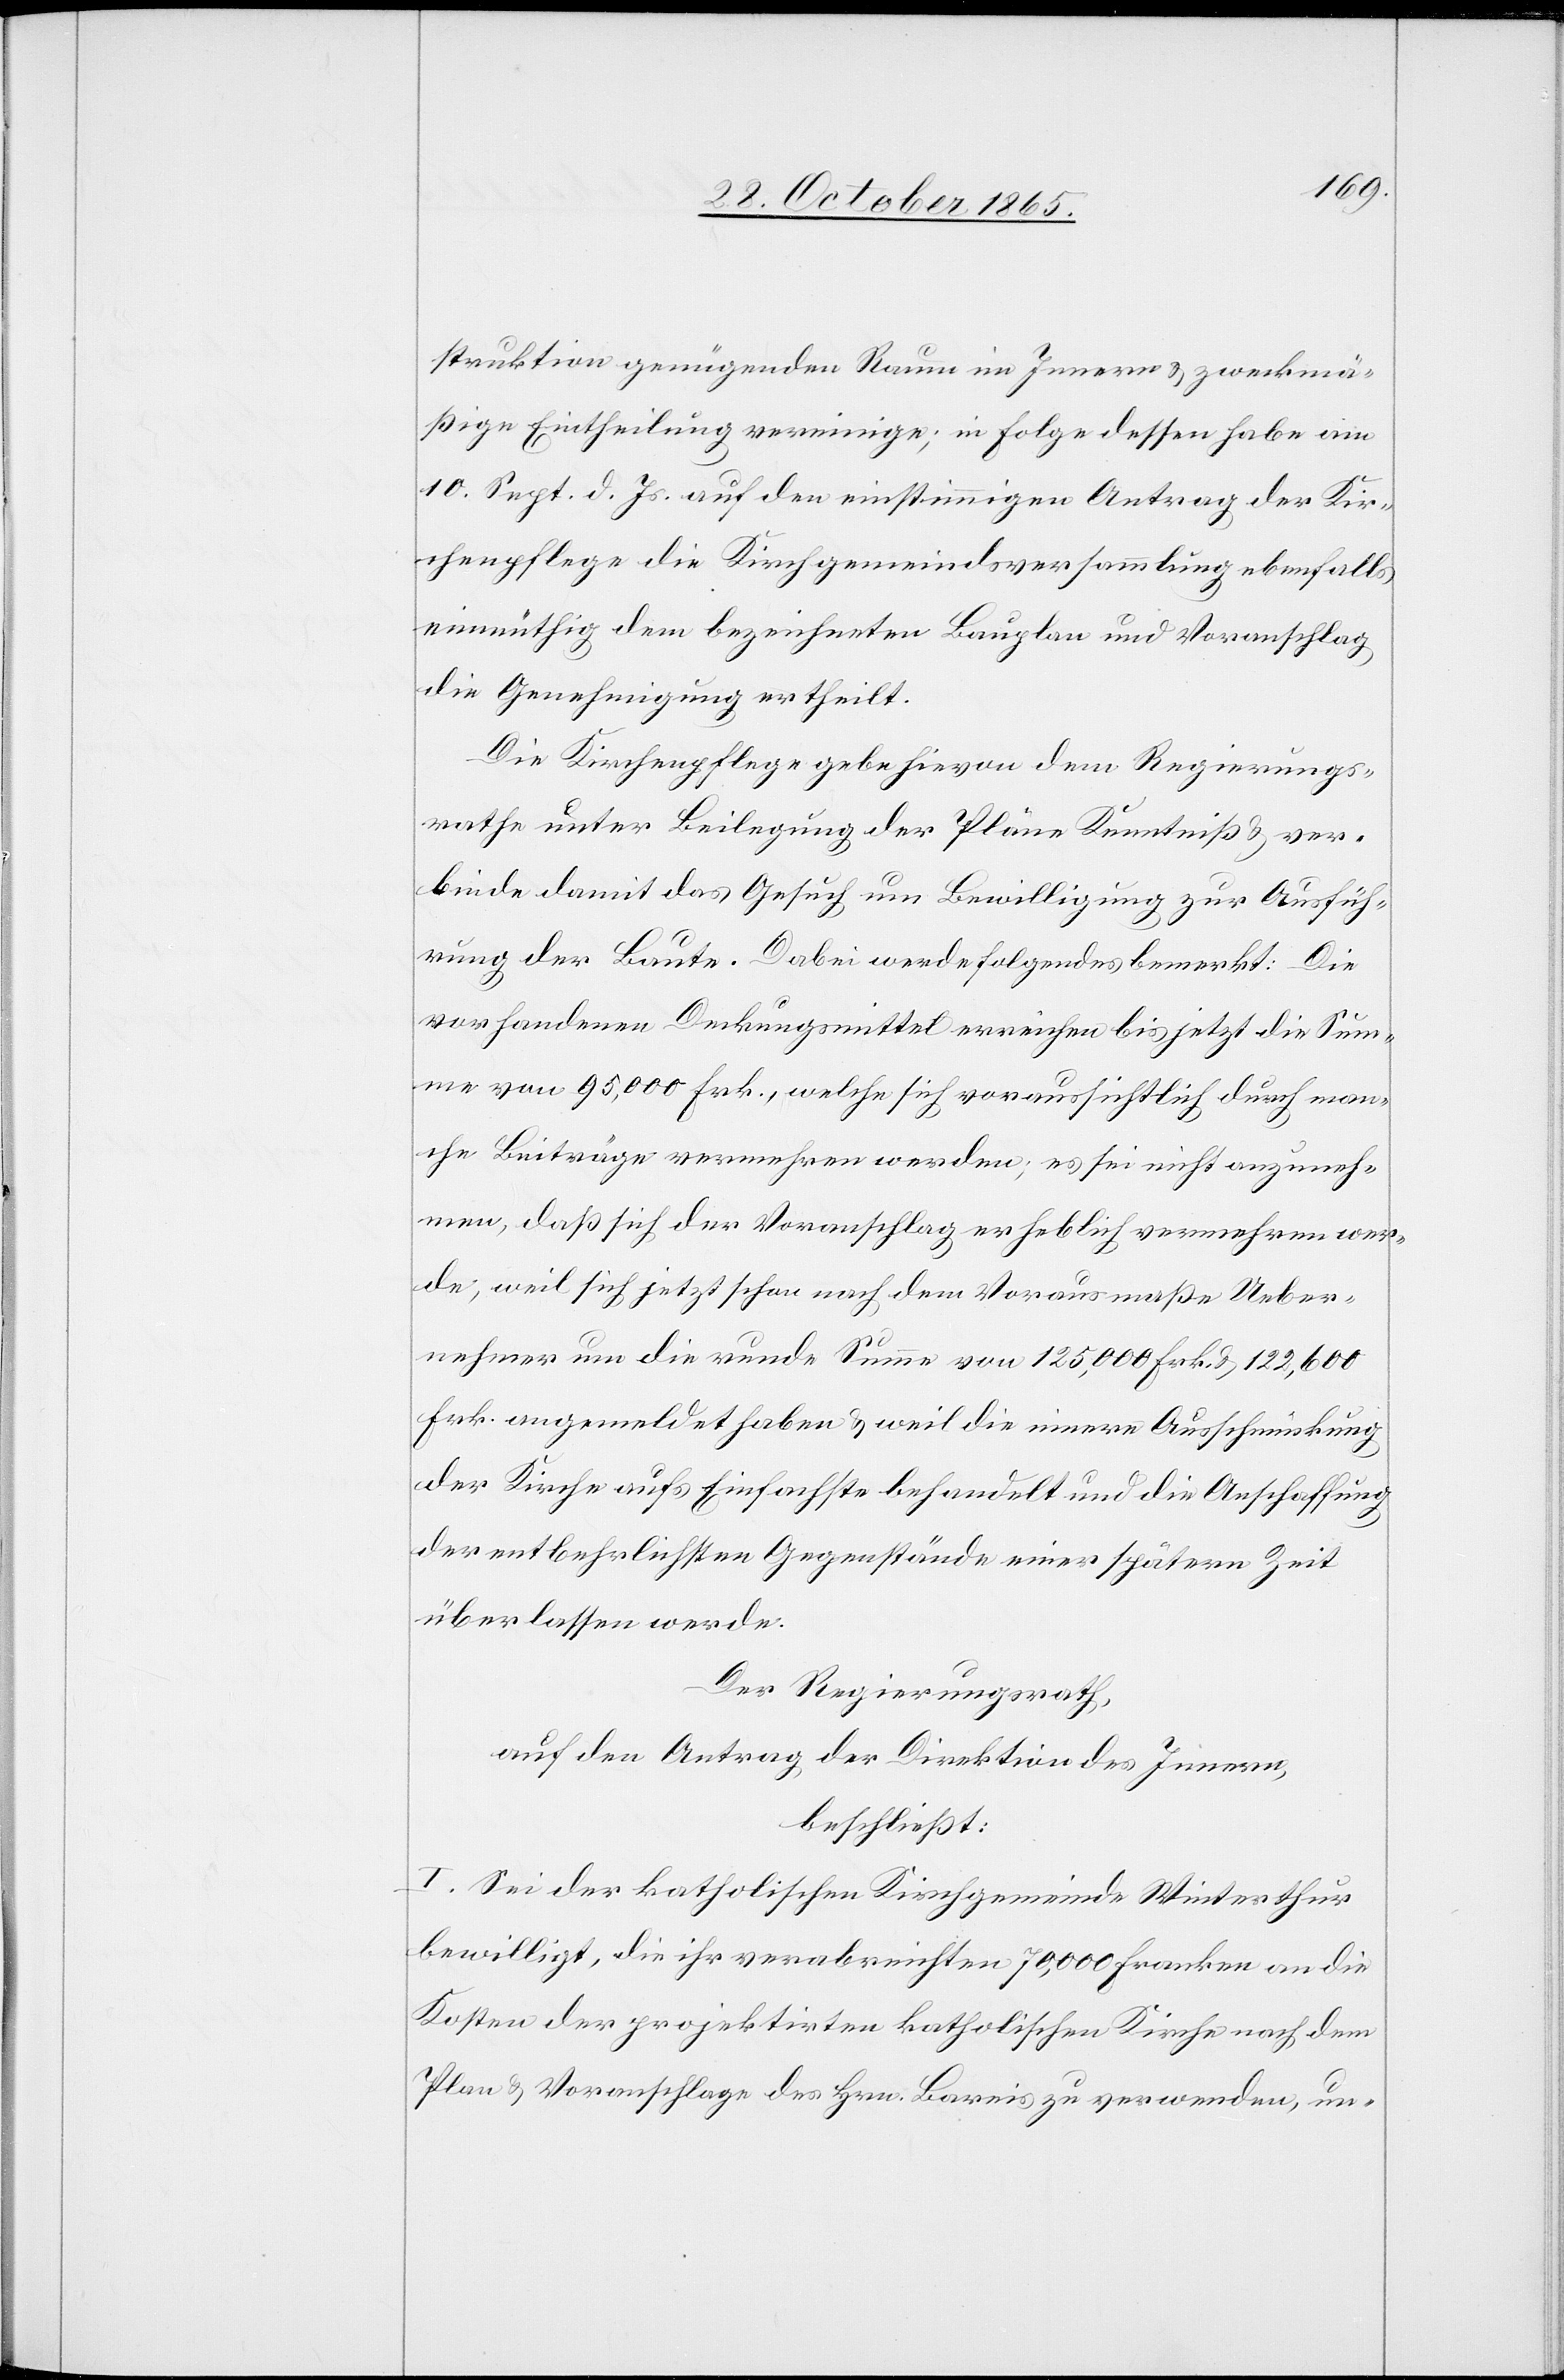
struktion genügenden Raum im Innern & zweckmä¬
ßige Eintheilung vereinige; in Folge dessen habe am
10. Sept. d. Js. auf den einstimmigen Antrag der Kir¬
chenpflege die Kirchgemeindsversammlung ebenfalls
einmüthig dem bezeichneten Bauplan und Voranschlag
die Genehmigung ertheilt.
Die Kirchenpflege gebe hievon dem Regierungs¬
rathe unter Beilegung der Pläne Kenntniß & ver¬
binde damit das Gesuch um Bewilligung zur Ausfüh¬
rung der Baute. Dabei werde Folgendes bemerkt: Die
vorhandenen Deckungsmittel erreichen bis jetzt die Sum¬
me von 95,000 Frk., welche sich voraussichtlich durch man¬
che Beiträge vermehren werden; es sei nicht anzuneh¬
men, daß sich der Voranschlag erheblich vermehren wer¬
de, weil sich jetzt schon nach dem Vorausmaße Ueber¬
nehmer um die runde Summe von 125,000 Frk. & 122,600
Frk. angemeldet haben & weil die innere Ausschmückung
der Kirche aufs Einfachste behandelt und die Anschaffung
der entbehrlichsten Gegenstände einer spätern Zeit
überlassen werde.
Der Regierungsrath,
auf den Antrag der Direktion des Innern,
beschließt:
I. Sei der katholischen Kirchgemeinde Winterthur
bewilligt, die ihr verabreichten 70,000 Franken an die
Kosten der projektirten katholischen Kirche nach dem
Plan & Voranschlage des Hrn. Bareis zu verwenden, un-